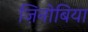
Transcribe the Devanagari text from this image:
ज़िनोबिया